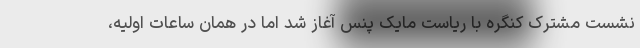
نشست مشترک کنگره با ریاست مایک پنس آغاز شد اما در همان ساعات اولیه،